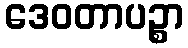
ဒေဝတာပဉ္စာ